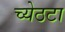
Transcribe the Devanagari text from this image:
च्येठटा